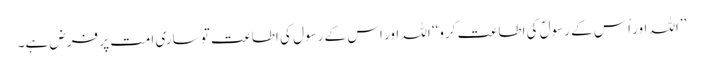
’’اللہ اور اُس کے رسولؐ کی اطاعت کرو‘‘ اللہ اور اس کے رسول کی اطاعت تو ساری امت پر فرض ہے۔